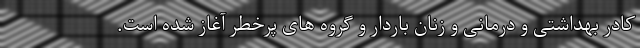
کادر بهداشتی و درمانی و زنان باردار و گروه های پرخطر آغاز شده است.